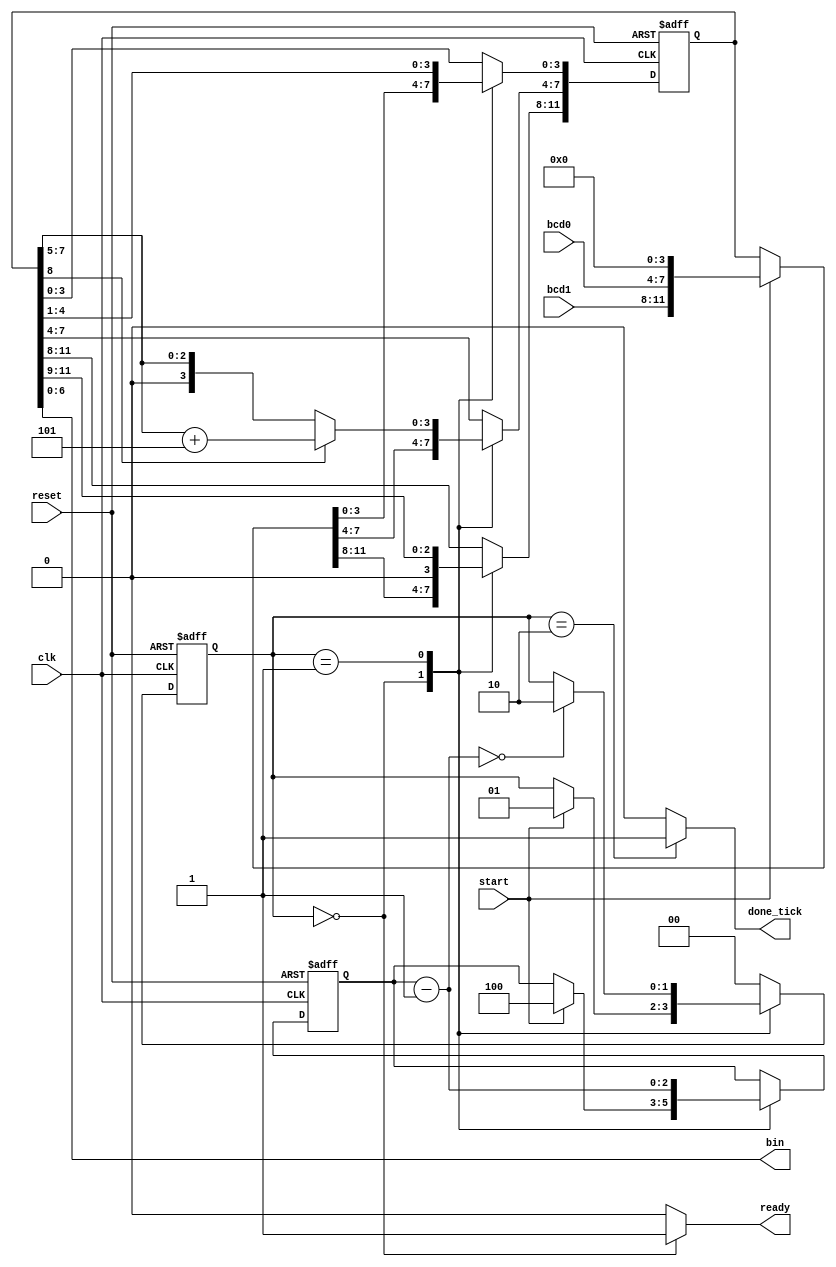
// BCD-to-binary conversion circuit

module bcd2bin
    (
     input  wire      clk, reset,
     input  wire      start,
     input  wire[3:0] bcd1, bcd0,
     output reg       ready, done_tick,
     output wire[6:0] bin
    );

    // symbolic state declaration
    localparam[1:0]
        idle = 2'b00,
        op   = 2'b01,
        done = 2'b10;

    // signal declaration
    reg[1:0]  state_reg, state_next;
    reg[11:0] bcd2b_reg, bcd2b_next;
    reg[2:0]  n_reg, n_next;

    // body
    // FSMD state & data registers
    always @(posedge clk, posedge reset)
        if (reset)
            begin
                state_reg <= idle;
                bcd2b_reg <= 0;
                n_reg     <= 0;
            end
        else
            begin
                state_reg <= state_next;
                bcd2b_reg <= bcd2b_next;
                n_reg     <= n_next;
            end

    // FSMD next-state logic
    always @*
    begin
        // defaults
        state_next = state_reg;
        bcd2b_next = bcd2b_reg;
        n_next     = n_reg;
        ready      = 1'b0;
        done_tick  = 1'b0;
        
        case (state_reg)
            idle:
                begin
                    ready = 1'b1;
                    if (start)
                        begin
                            n_next     = 4;
                            state_next = op;
                            bcd2b_next = {bcd1, bcd0, 4'b0};
                        end
                end
            op:
                begin
                    // shift one right
                    bcd2b_next = bcd2b_reg >> 1;
                    if (bcd2b_reg[8])  // lsb of bcd1
                        // bcd0: shift then sum 5, eq. to sum 10 then shift
                        bcd2b_next[7:4] = {1'b0, bcd2b_reg[7:5]} + 4'b0101;
                        
                    n_next = n_reg - 1;
                    if (n_next == 0)
                        state_next = done;
                end
            done:
                begin
                    done_tick  = 1'b1;
                    state_next = idle;
                end
            default : state_next = idle;
        endcase
    end

    // output
    assign bin = bcd2b_reg[6:0];

endmodule